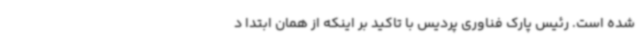
شده است. رئیس پارک فناوری پردیس با تاکید بر اینکه از همان ابتدا د